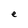
Character: e